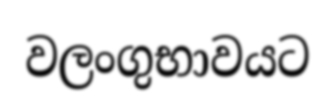
වලංගුභාවයට